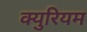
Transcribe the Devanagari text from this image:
क्युरियम